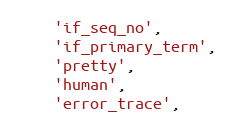
Language: JavaScript
    'if_seq_no',
    'if_primary_term',
    'pretty',
    'human',
    'error_trace',